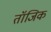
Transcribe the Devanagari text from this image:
तॉजिक